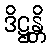
ဒိဋ္ဌန္တိ